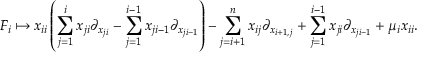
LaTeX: F _ { i } \mapsto x _ { i i } \left( \sum _ { j = 1 } ^ { i } x _ { j i } \partial _ { x _ { j i } } - \sum _ { j = 1 } ^ { i - 1 } x _ { j i - 1 } \partial _ { x _ { j i - 1 } } \right) - \sum _ { j = i + 1 } ^ { n } x _ { i j } \partial _ { x _ { i + 1 , j } } + \sum _ { j = 1 } ^ { i - 1 } x _ { j i } \partial _ { x _ { j i - 1 } } + \mu _ { i } x _ { i i } .